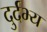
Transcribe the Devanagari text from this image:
दुर्दभ्य